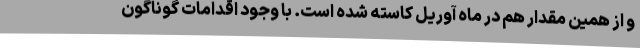
و از همین مقدار هم در ماه آوریل کاسته شده است. با وجود اقدامات گوناگون